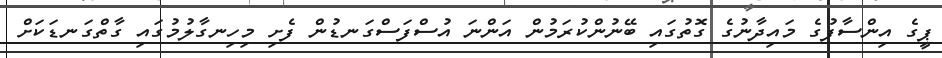
ޕީގެ އިންސާފުގެ މައިދާނުގެ ގޮތުގައި ބޭނުންކުރަމުން އަންނަ އުސްފަސްގަނޑުން ފެށި މިހިނގާލުމުގައި ގާތްގަނޑަކަށް